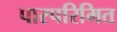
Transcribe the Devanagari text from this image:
पारपरिमित